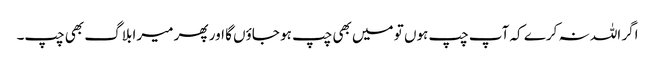
اگر اللہ نہ کرے کہ آپ چپ ہوں تو میں بھی چپ ہو جاؤں گا اور پھر میرا بلاگ بھی چپ۔